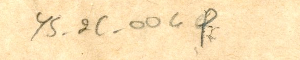
YS_2C_004f